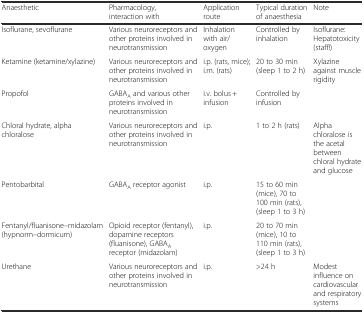
<table><thead><tr><td><b>Anaesthetic</b></td><td><b>Pharmacology, interaction with</b></td><td><b>Application route</b></td><td><b>Typical duration of anaesthesia</b></td><td><b>Note</b></td></tr></thead><tbody><tr><td>Isoflurane, sevoflurane</td><td>Various neuroreceptors and other proteins involved in neurotransmission</td><td>Inhalation with air/oxygen</td><td>Controlled by inhalation</td><td>Isoflurane: Hepatotoxicity (staff!)</td></tr><tr><td>Ketamine (ketamine/xylazine)</td><td>Various neuroreceptors and other proteins involved in neurotransmission</td><td>i.p. (rats, mice); i.m. (rats)</td><td>20 to 30 min (sleep 1 to 2 h)</td><td>Xylazine against muscle rigidity</td></tr><tr><td>Propofol</td><td>GABA<sub>A</sub> and various other proteins involved in neurotransmission</td><td>i.v. bolus + infusion</td><td>Controlled by infusion</td><td></td></tr><tr><td>Chloral hydrate, alpha chloralose</td><td>Various neuroreceptors and other proteins involved in neurotransmission</td><td>i.p.</td><td>1 to 2 h (rats)</td><td>Alpha chloralose is the acetal between chloral hydrate and glucose</td></tr><tr><td>Pentobarbital</td><td>GABA<sub>A</sub> receptor agonist</td><td>i.p.</td><td>15 to 60 min (mice), 70 to 100 min (rats), (sleep 1 to 3 h)</td><td></td></tr><tr><td>Fentanyl/fluanisone–midazolam (hypnorm–dormicum)</td><td>Opioid receptor (fentanyl), dopamine receptors (fluanisone), GABA<sub>A</sub> receptor (midazolam)</td><td>i.p.</td><td>20 to 70 min (mice), 10 to 110 min (rats), (sleep 1 to 3 h)</td><td></td></tr><tr><td>Urethane</td><td>Various neuroreceptors and other proteins involved in neurotransmission</td><td>i.p.</td><td>&gt;24 h</td><td>Modest influence on cardiovascular and respiratory systems</td></tr></tbody></table>